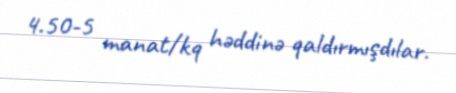
4.50-5 manat/kq həddinə qaldırmışdılar.